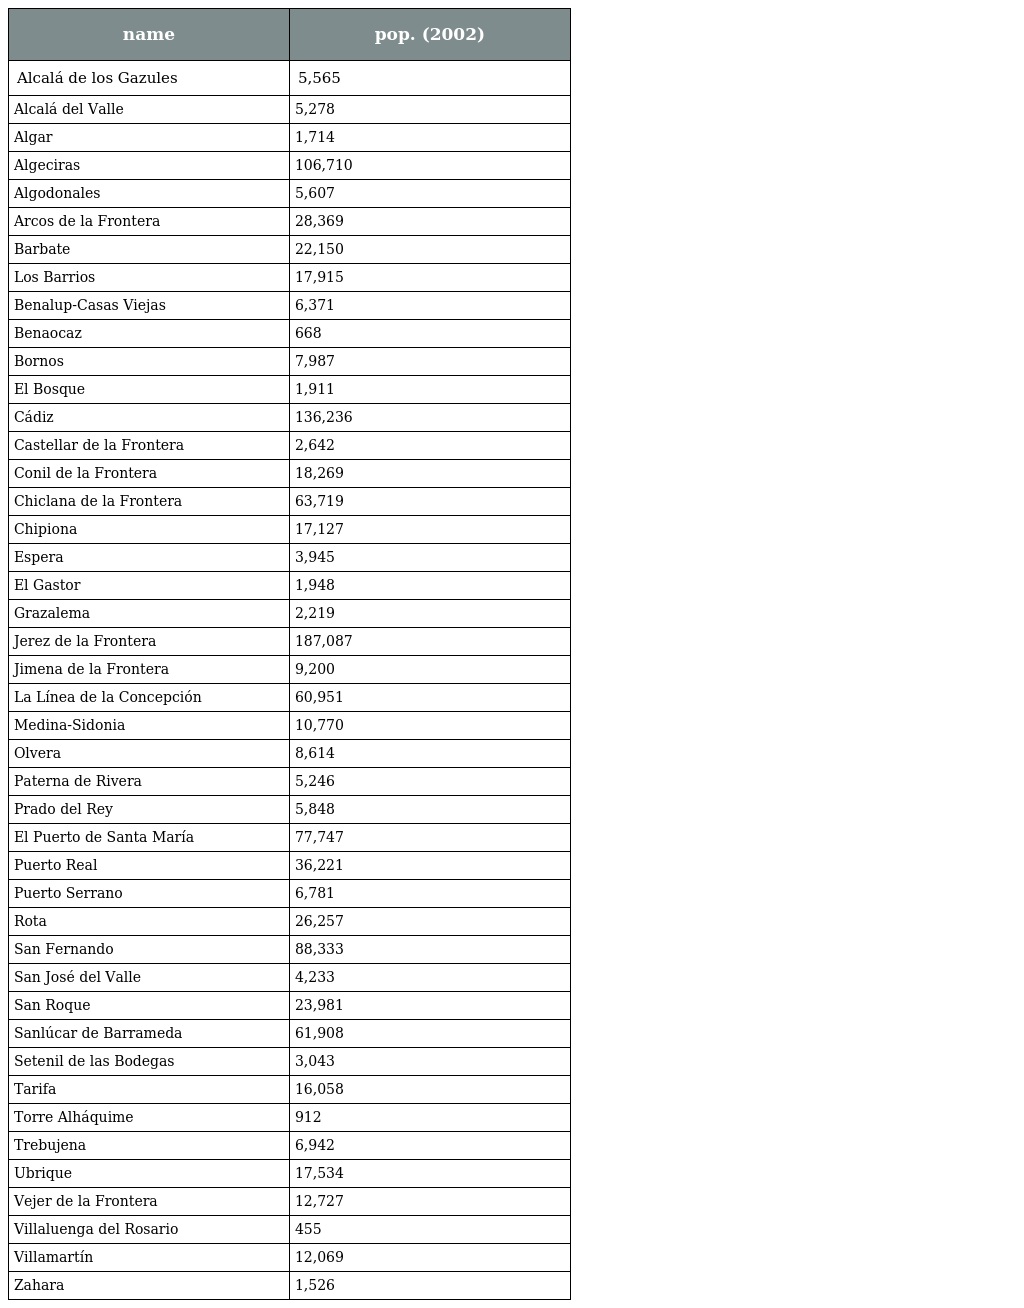
| name | pop. (2002) |
 | --- | --- |
 | Alcalá de los Gazules | 5,565 |
 | Alcalá del Valle | 5,278 |
 | Algar | 1,714 |
 | Algeciras | 106,710 |
 | Algodonales | 5,607 |
 | Arcos de la Frontera | 28,369 |
 | Barbate | 22,150 |
 | Los Barrios | 17,915 |
 | Benalup-Casas Viejas | 6,371 |
 | Benaocaz | 668 |
 | Bornos | 7,987 |
 | El Bosque | 1,911 |
 | Cádiz | 136,236 |
 | Castellar de la Frontera | 2,642 |
 | Conil de la Frontera | 18,269 |
 | Chiclana de la Frontera | 63,719 |
 | Chipiona | 17,127 |
 | Espera | 3,945 |
 | El Gastor | 1,948 |
 | Grazalema | 2,219 |
 | Jerez de la Frontera | 187,087 |
 | Jimena de la Frontera | 9,200 |
 | La Línea de la Concepción | 60,951 |
 | Medina-Sidonia | 10,770 |
 | Olvera | 8,614 |
 | Paterna de Rivera | 5,246 |
 | Prado del Rey | 5,848 |
 | El Puerto de Santa María | 77,747 |
 | Puerto Real | 36,221 |
 | Puerto Serrano | 6,781 |
 | Rota | 26,257 |
 | San Fernando | 88,333 |
 | San José del Valle | 4,233 |
 | San Roque | 23,981 |
 | Sanlúcar de Barrameda | 61,908 |
 | Setenil de las Bodegas | 3,043 |
 | Tarifa | 16,058 |
 | Torre Alháquime | 912 |
 | Trebujena | 6,942 |
 | Ubrique | 17,534 |
 | Vejer de la Frontera | 12,727 |
 | Villaluenga del Rosario | 455 |
 | Villamartín | 12,069 |
 | Zahara | 1,526 |